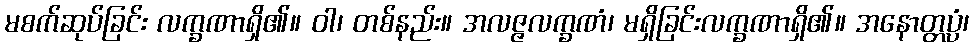
မစက်ဆုပ်ခြင်း လက္ခဏာရှိ၏။ ဝါ၊ တစ်နည်း။ အလဇ္ဇလက္ခဏံ၊ မရှိခြင်းလက္ခဏာရှိ၏။ အနောတ္တပ္ပံ၊